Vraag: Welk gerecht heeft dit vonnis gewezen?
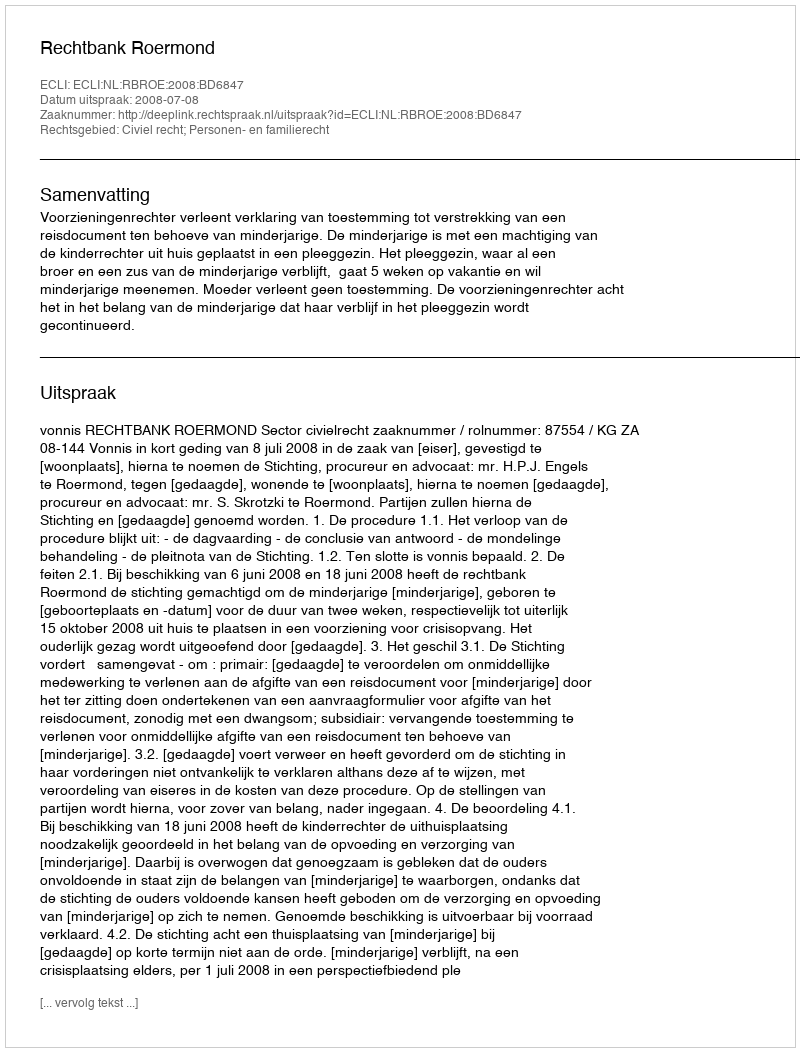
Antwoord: Rechtbank Roermond